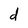
Character: d